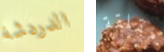
الدردشة مقلقة